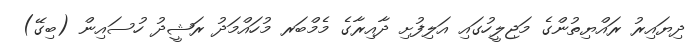
ދިޔައިރު ރައްޔިތުންގެ މަޖިލީހުގައި އަލިފުށި ދާއިރާގެ މެމްބަރ މުހައްމަދު ރަޝީދު ހުސައިން (ބިގޭ)